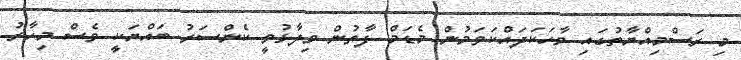
މި ރަސްމިއްޔާތުގައި ވާހަކަދައްކަވަމުން މެޑަމް ފާތުން ވިދާޅުވީ ކެންސަރު ބައްޔަކީ ވެސް މިހާރު